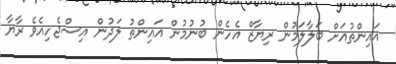
އައިންތުއަށް ބަލާލަމުން ރިޔާޒް އެހެން ބުނުމުން އައިންތު ލަދުން އިސްޖެހިއެވެ ރާޔާ